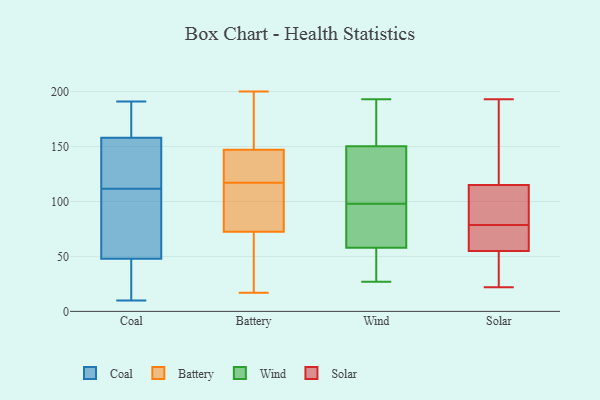
{"axis": {"x": "Humidity (%)", "y": "Value"}, "legend": ["Battery", "Coal", "Solar", "Wind"], "data": [{"x": "", "y": 112, "type": "Coal"}, {"x": "", "y": 48, "type": "Coal"}, {"x": "", "y": 173, "type": "Coal"}, {"x": "", "y": 13, "type": "Coal"}, {"x": "", "y": 149, "type": "Coal"}, {"x": "", "y": 10, "type": "Coal"}, {"x": "", "y": 158, "type": "Coal"}, {"x": "", "y": 191, "type": "Coal"}, {"x": "", "y": 111, "type": "Coal"}, {"x": "", "y": 106, "type": "Coal"}, {"x": "", "y": 74, "type": "Battery"}, {"x": "", "y": 98, "type": "Battery"}, {"x": "", "y": 59, "type": "Battery"}, {"x": "", "y": 68, "type": "Battery"}, {"x": "", "y": 126, "type": "Battery"}, {"x": "", "y": 180, "type": "Battery"}, {"x": "", "y": 117, "type": "Battery"}, {"x": "", "y": 136, "type": "Battery"}, {"x": "", "y": 17, "type": "Battery"}, {"x": "", "y": 121, "type": "Battery"}, {"x": "", "y": 200, "type": "Battery"}, {"x": "", "y": 183, "type": "Battery"}, {"x": "", "y": 82, "type": "Battery"}, {"x": "", "y": 142, "type": "Wind"}, {"x": "", "y": 98, "type": "Wind"}, {"x": "", "y": 64, "type": "Wind"}, {"x": "", "y": 187, "type": "Wind"}, {"x": "", "y": 86, "type": "Wind"}, {"x": "", "y": 40, "type": "Wind"}, {"x": "", "y": 29, "type": "Wind"}, {"x": "", "y": 94, "type": "Wind"}, {"x": "", "y": 175, "type": "Wind"}, {"x": "", "y": 122, "type": "Wind"}, {"x": "", "y": 27, "type": "Wind"}, {"x": "", "y": 193, "type": "Wind"}, {"x": "", "y": 101, "type": "Wind"}, {"x": "", "y": 30, "type": "Solar"}, {"x": "", "y": 128, "type": "Solar"}, {"x": "", "y": 82, "type": "Solar"}, {"x": "", "y": 59, "type": "Solar"}, {"x": "", "y": 193, "type": "Solar"}, {"x": "", "y": 102, "type": "Solar"}, {"x": "", "y": 75, "type": "Solar"}, {"x": "", "y": 51, "type": "Solar"}, {"x": "", "y": 22, "type": "Solar"}, {"x": "", "y": 64, "type": "Solar"}, {"x": "", "y": 167, "type": "Solar"}, {"x": "", "y": 87, "type": "Solar"}]}